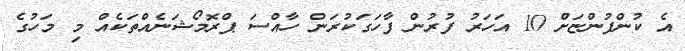
އެ ކުންފުންޏަށް 10 އަހަރު ފުރުން ފާހަގަކުރަން ހާއްސަ ޕްރޮމޯޝަނެއްތަކެއް މި މަހުގެ